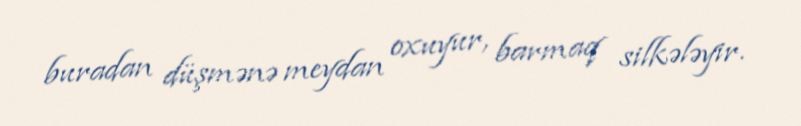
buradan düşmənə meydan oxuyur, barmaq silkələyir.